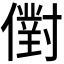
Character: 𠏮